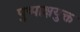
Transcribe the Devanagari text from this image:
पुष्पाक्षयुक्त